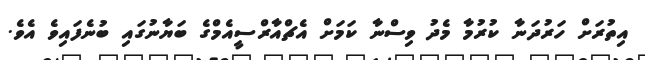
އިތުރަށް ހަރުދަނާ ކުރުމާ މެދު ވިސްނާ ކަމަށް އެޗްއާރްސީއެމްގެ ބަޔާނުގައި ބުނެފައިވެ އެވެ.